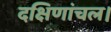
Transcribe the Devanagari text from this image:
दक्षिणांचल।